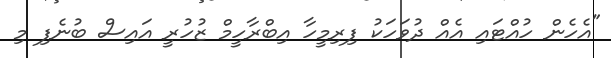
"އެހެން ހުއްޓައި އެއް ދުވަހަކު ފިރިމީހާ އިބްރާހީމް ޒުހުރީ އައިސް ބުނެފި މި